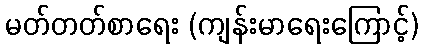
မတ်တတ်စာရေး (ကျန်းမာရေးကြောင့်)